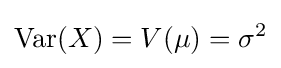
\operatorname {Var} (X)=V(\mu )=\sigma ^{2}